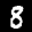
Label: 8